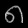
Digit: ၈